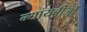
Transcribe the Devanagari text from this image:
न्यायबीजों